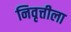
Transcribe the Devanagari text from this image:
निवृत्तीला